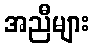
အညီများ